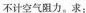
不计空气阻力，求：